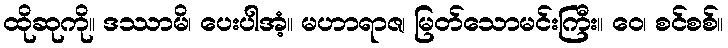
ထိုဆုကို။ ဒဿာမိ၊ ပေးပါအံ့။ မဟာရာဇ၊ မြတ်သောမင်းကြီး။ ဝေ၊ စင်စစ်။